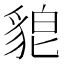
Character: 𮙪